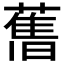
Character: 𦾔